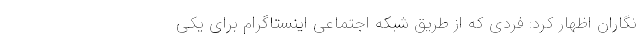
نگاران اظهار کرد: فردی که از طریق شبکه‌ اجتماعی اینستاگرام برای یکی